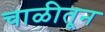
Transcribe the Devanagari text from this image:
चाळीतून